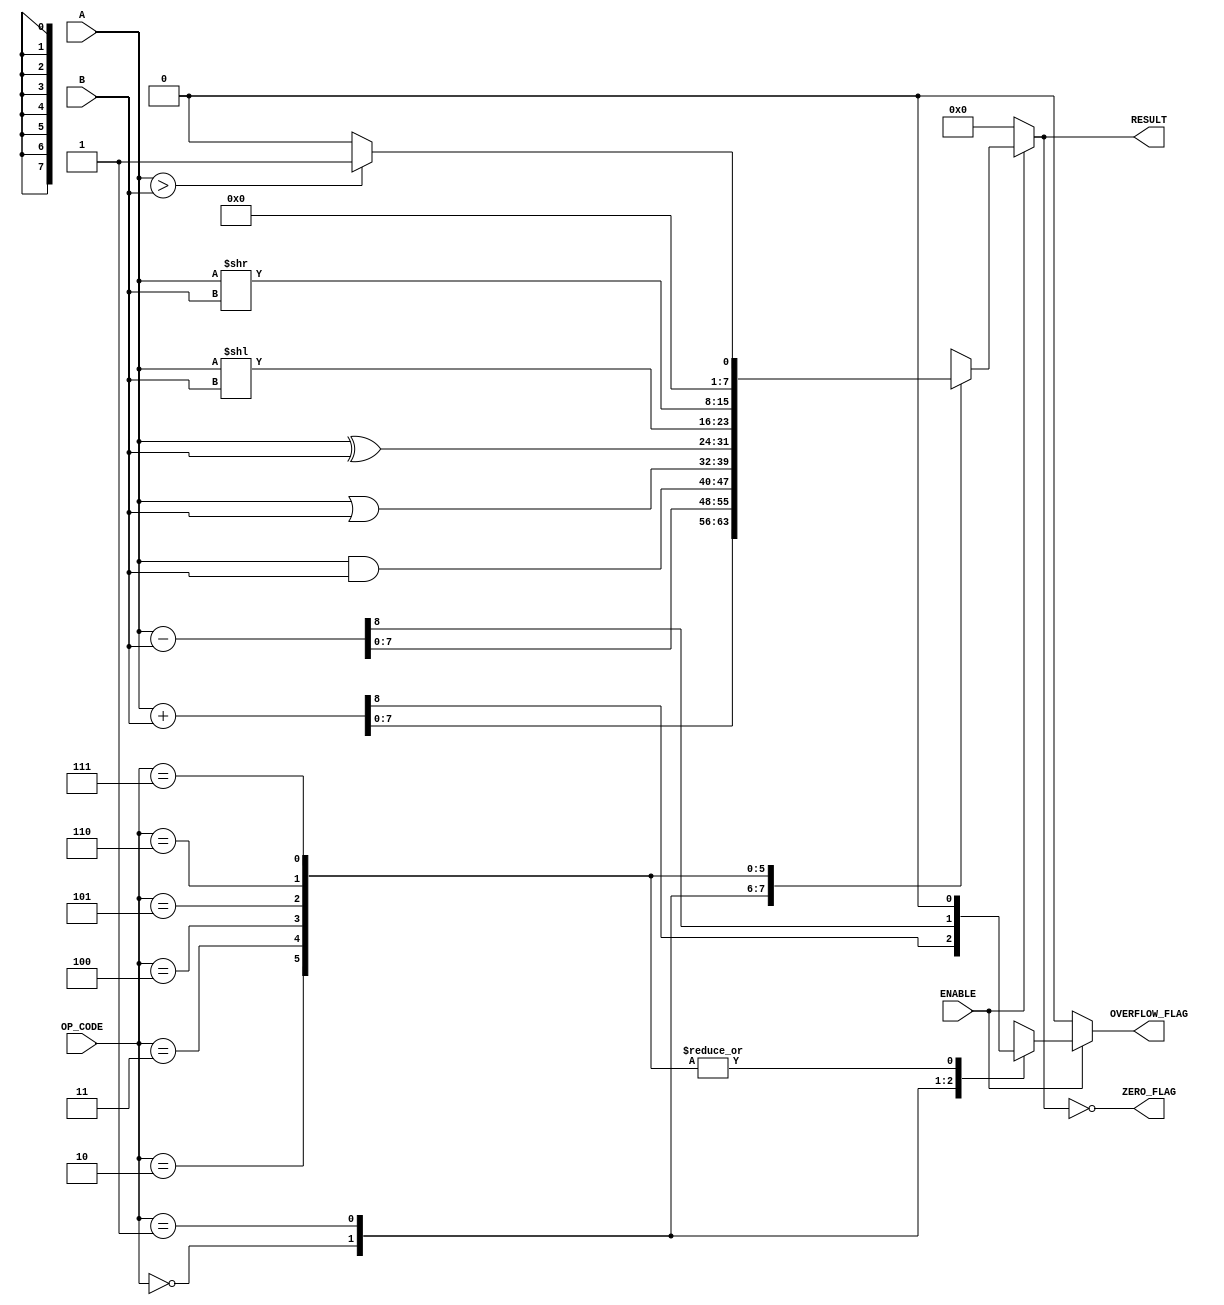
module ALU #(
    parameter DATA_WIDTH = 8,        // Width of the data
    parameter OPERATION_COUNT = 3     // Number of operations
)(
    input  [DATA_WIDTH-1:0] A,       // First operand
    input  [DATA_WIDTH-1:0] B,       // Second operand
    input  [OPERATION_COUNT-1:0] OP_CODE,   // Operation selection
    input  ENABLE,                    // Enable signal
    output reg [DATA_WIDTH-1:0] RESULT, // Result of the operation
    output reg ZERO_FLAG,             // Zero flag
    output reg OVERFLOW_FLAG           // Overflow flag
);

    // Define operation codes
    localparam OP_ADD       = 3'b000; // Addition
    localparam OP_SUBTRACT  = 3'b001; // Subtraction
    localparam OP_AND       = 3'b010; // Bitwise AND
    localparam OP_OR        = 3'b011; // Bitwise OR
    localparam OP_XOR       = 3'b100; // Bitwise XOR
    localparam OP_SLL       = 3'b101; // Shift left logical
    localparam OP_SRL       = 3'b110; // Shift right logical
    localparam OP_CMP       = 3'b111; // Comparison

    always @(*) begin
        if (ENABLE) begin
            case (OP_CODE)
                OP_ADD: begin
                    {OVERFLOW_FLAG, RESULT} = A + B; // Detect overflow
                end
                OP_SUBTRACT: begin
                    {OVERFLOW_FLAG, RESULT} = A - B; // Detect overflow
                end
                OP_AND: begin
                    RESULT = A & B;
                    OVERFLOW_FLAG = 1'b0; // No overflow for logical ops
                end
                OP_OR: begin
                    RESULT = A | B;
                    OVERFLOW_FLAG = 1'b0; // No overflow for logical ops
                end
                OP_XOR: begin
                    RESULT = A ^ B;
                    OVERFLOW_FLAG = 1'b0; // No overflow for logical ops
                end
                OP_SLL: begin
                    RESULT = A << B[DATA_WIDTH-1:0]; // Shift left logical
                    OVERFLOW_FLAG = 1'b0; // No overflow for shifts
                end
                OP_SRL: begin
                    RESULT = A >> B[DATA_WIDTH-1:0]; // Shift right logical
                    OVERFLOW_FLAG = 1'b0; // No overflow for shifts
                end
                OP_CMP: begin
                    // Comparison sets RESULT to 1 if A > B, 0 otherwise
                    RESULT = (A > B) ? 1 : 0;
                    OVERFLOW_FLAG = 1'b0; // No overflow for comparison
                end
                default: begin
                    RESULT = {DATA_WIDTH{1'b0}}; // Default value
                    OVERFLOW_FLAG = 1'b0; // No overflow
                end
            endcase
        end else begin
            RESULT = {DATA_WIDTH{1'b0}}; // Default value when disabled
            OVERFLOW_FLAG = 1'b0; // No operation
        end

        // Set zero flag based on result
        ZERO_FLAG = (RESULT == {DATA_WIDTH{1'b0}});
    end

endmodule